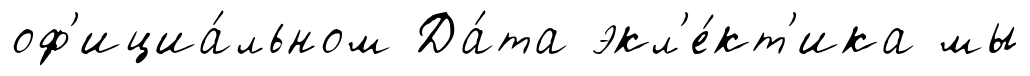
оф'ициа́льном Да́та экл'е́кт'ика мы